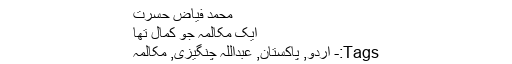
محمد فیاض حسرت
ایک مکالمہ جو کمال تھا
Tags:- اردو, پاکستان, عبداللہ چنگیزی, مکالمہ